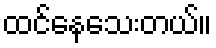
ထင်နေသေးတယ်။